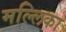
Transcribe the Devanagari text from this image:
मल्‍लिका